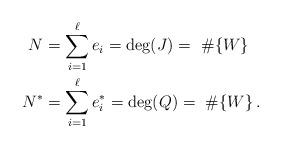
LaTeX: \begin{align*}\begin{aligned}N &= \sum_{i=1}^\ell {e_i}=\deg(J)=\ \# \{W\}\, \quad\\N^* &= \sum_{i=1}^\ell {e^*_i}=\deg(Q)=\ \#\{W\}\, .\end{aligned}\end{align*}